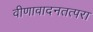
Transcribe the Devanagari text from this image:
वीणावादनतत्परा